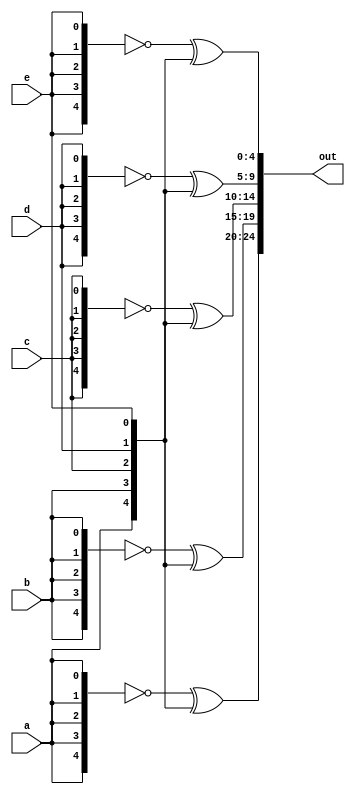
// This program was cloned from: https://github.com/matthewdelorenzo/CreativEval
// License: BSD 3-Clause "New" or "Revised" License

module top_module (
    input a, b, c, d, e,
    output [24:0] out );//

    assign out[24:20] = ~ {5{a}} ^ {a, b, c, d, e};
    assign out[19:15] = ~ {5{b}} ^ {a, b, c, d, e};
    assign out[14:10] = ~ {5{c}} ^ {a, b, c, d, e};
    assign out[9:5] = ~ {5{d}} ^ {a, b, c, d, e};
    assign out[4:0] = ~ {5{e}} ^ {a, b, c, d, e};

endmodule